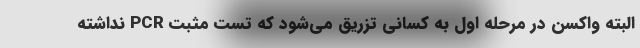
البته واکسن در مرحله اول به کسانی تزریق می‌شود که تست مثبت PCR نداشته